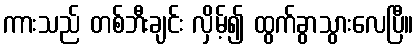
ကားသည် တစ်ဘီးချင်း လှိမ့်၍ ထွက်ခွာသွားလေပြီ။